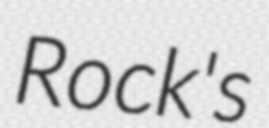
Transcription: Rock's